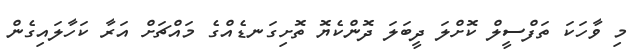
މި ވާހަކަ ތަފްސީލް ކޮށްލަ ދީބަލަ ދޮންކެޔޮ ތޮށިގަނޑެއްގެ މައްޗަށް އަރާ ކަހާލައިގެން